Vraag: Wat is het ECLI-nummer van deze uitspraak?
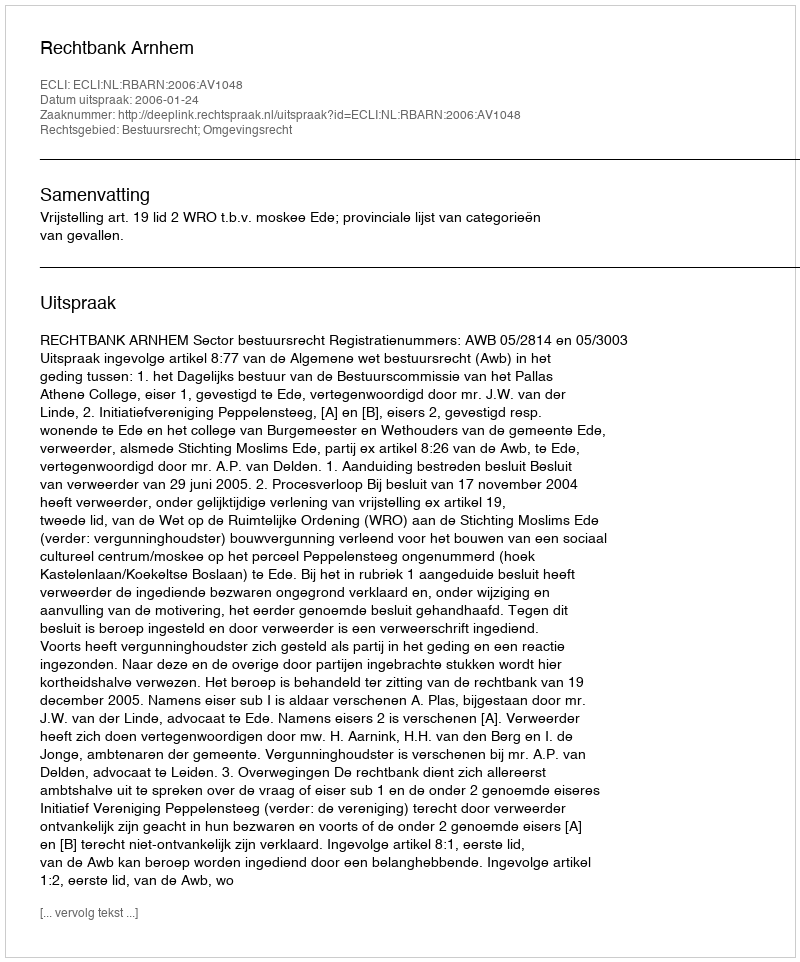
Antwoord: ECLI:NL:RBARN:2006:AV1048